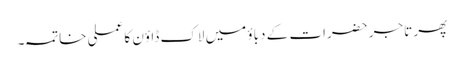
پھر تاجر حضرات کے دباؤ میں لاک ڈاؤن کا عملی خاتمہ۔